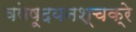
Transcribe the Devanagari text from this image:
वषेषूदयनश्चक्रे